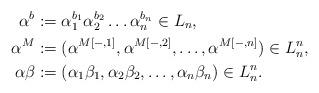
LaTeX: \begin{align*} \alpha^b&:=\alpha_1^{b_1}\alpha_2^{b_2}\dots \alpha_n^{b_n}\in L_n,\\\alpha^M&:=(\alpha^{M[-,1]},\alpha^{M[-,2]},\dots,\alpha^{M[-,n]})\in L_n^n,\\\alpha \beta&:=(\alpha_1\beta_1,\alpha_2\beta_2,\dots,\alpha_n\beta_n)\in L_n^n.\end{align*}